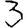
Digit: 3